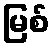
မြစ်